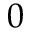
0